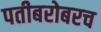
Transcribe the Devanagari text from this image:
पतीबरोबरच